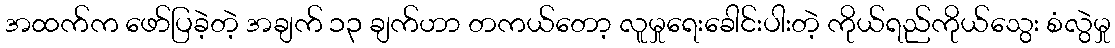
အထက်က ဖော်ပြခဲ့တဲ့ အချက် ၁၃ ချက်ဟာ တကယ်တော့ လူမှုရေးခေါင်းပါးတဲ့ ကိုယ်ရည်ကိုယ်သွေး စံလွဲမှု